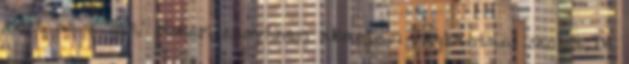
mert az a gáz.' Nekem ennyi,nem akartam megbántani senkit.De